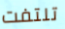
تلتفت